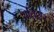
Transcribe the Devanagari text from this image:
सर्विसर